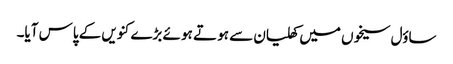
ساؤل سیخوں میں کھلیان سے ہو تے ہو ئے بڑے کنویں کے پاس آیا۔